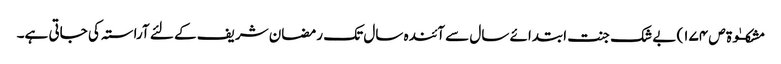
مشکــٰوۃ ص ١٧٤) بے شک جنت ابتدائے سال سے آئندہ سال تک رمضان شریف کے لئے آراستہ کی جاتی ہے۔